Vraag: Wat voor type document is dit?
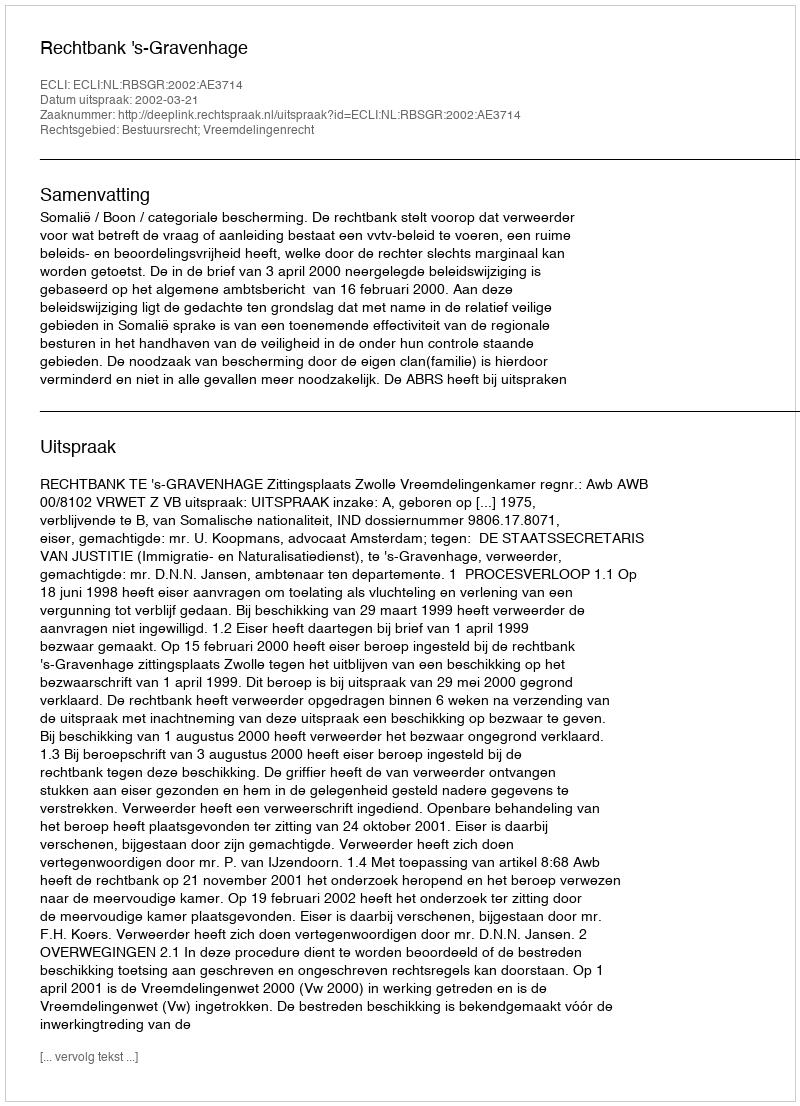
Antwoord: Uitspraak